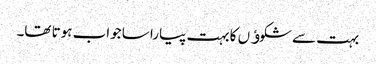
بہت سے شکوﺅں کا بہت پیارا سا جواب ہوتا تھا۔